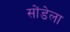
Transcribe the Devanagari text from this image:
सोंडेला